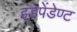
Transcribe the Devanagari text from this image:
इंडेपेंडेण्ट